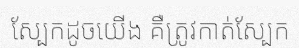
ស្បែកដូចយើង គឺត្រូវកាត់ស្បែក